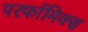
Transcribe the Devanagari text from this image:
परर्फामिक्स